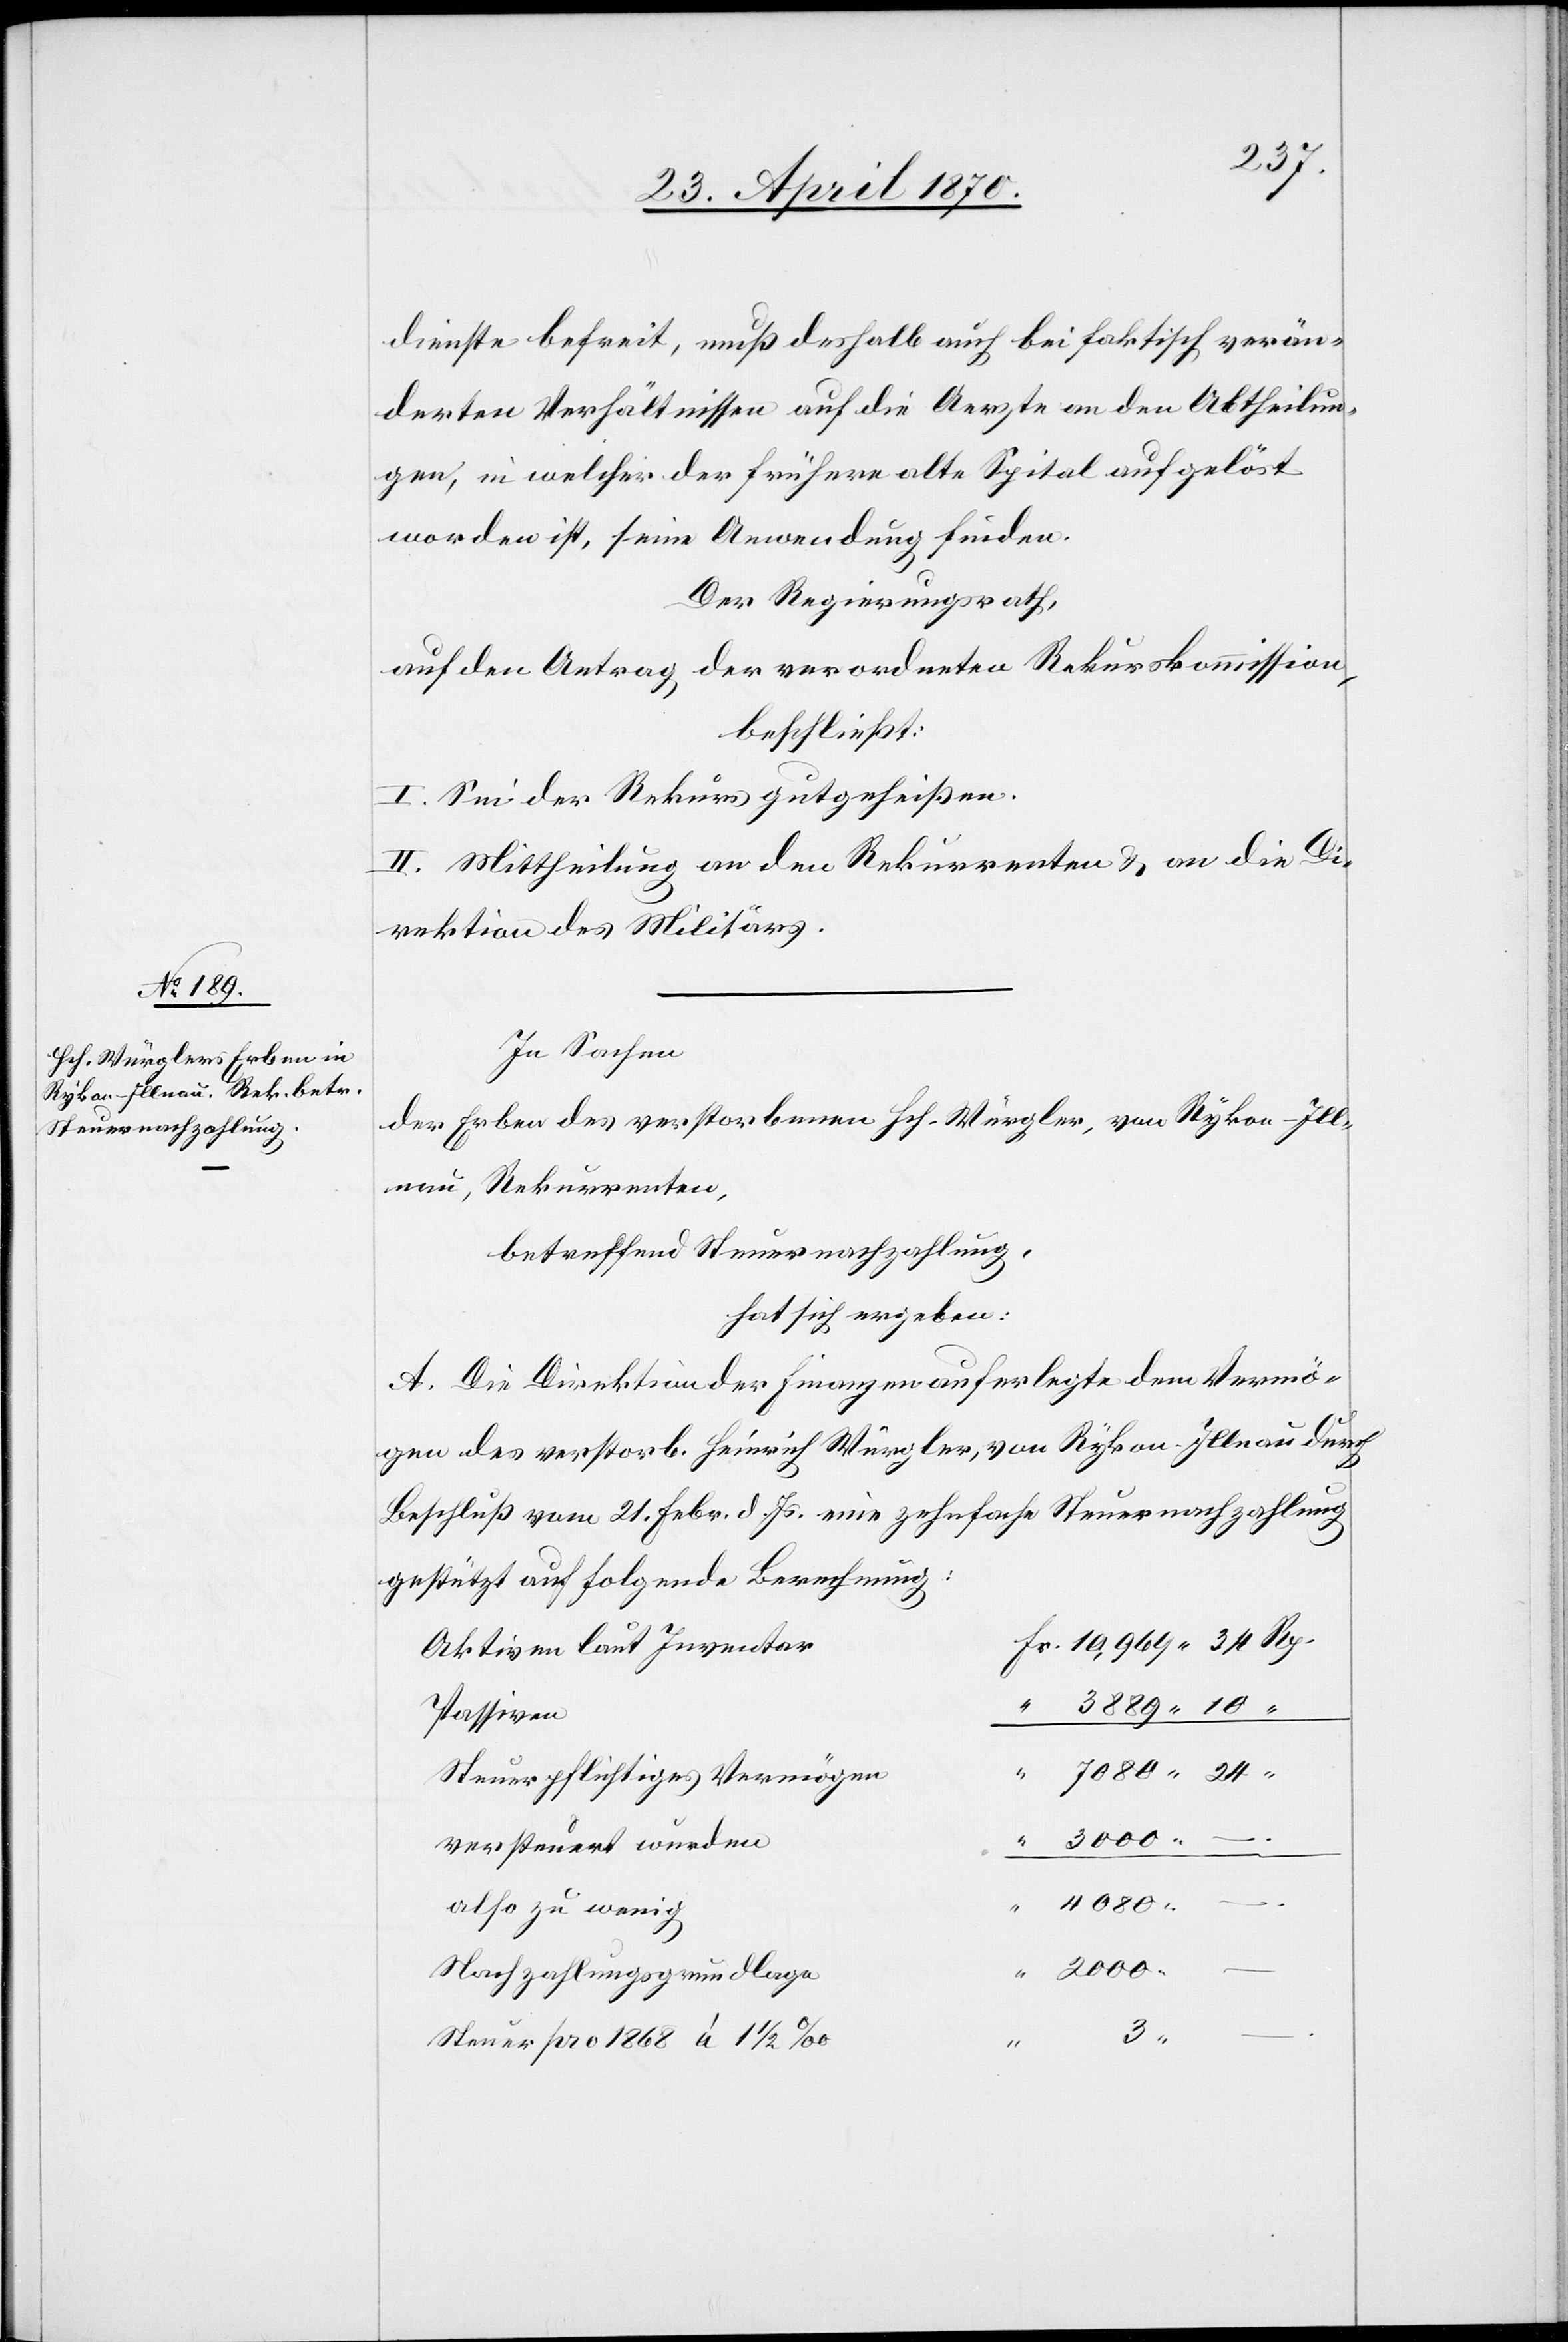
dienste befreit, muß deshalb auch bei faktisch verän¬
derten Verhältnisse auf die Aerzte an den Abtheilun¬
gen, in welcher der frühere alte Spital aufgelöst
worden ist, seine Anwendung finden.
Der Regierungsrath,
auf den Antrag der verordneten Rekurskommission,
beschließt:
I. Sei der Rekurs gutgeheißen.
II. Mittheilung an den Rekurrenten & an die Di¬
rektion des Militärs.
In Sachen
der Erben des verstorbenen Hch. Würgler, von Rykon - Ill¬
Rekurrenten,
betreffend Steuernachzahlung,
hat sich ergeben:
A. Die Direktion der Finanzen auferlegte dem Vermö¬
gen des verstorb. Heinrich Würgler, von Rykon - Illnau durch
Beschluß vom 21. Febr. d. Js. eine zehnfache Steuernachzahlung
gestützt auf folgende Berechnung:
Aktiven laut Inventar
Passiven
Steuerpflichtiges Vermögen
3000. –
versteuert wurden
Rp.
also zu wenig
Nachzahlungsgrundlage
3.
Steuer pro 1868 à 1 1/2‰
–